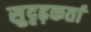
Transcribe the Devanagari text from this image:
सुदृढ़कर्ता